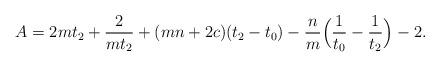
LaTeX: \begin{align*}A=2mt_2+{2\over m t_2}+(mn+2c)(t_2-t_0)-{n\over m}\Bigl({1\over t_0}-{1\over t_2}\Bigr)-2.\end{align*}